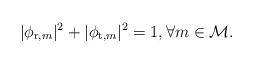
LaTeX: \begin{align*}|\phi_{\mathrm{r},m}|^{2}+|\phi_{\mathrm{t},m}|^{2}=1,\forall m\in\mathcal{M}.\end{align*}